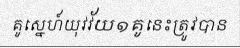
គូស្នេហ៍យុវវ័យ១គូនេះត្រូវបាន